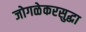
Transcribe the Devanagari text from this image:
जोगळेकरसुद्धा